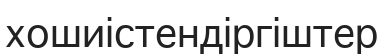
хошиістендіргіштер